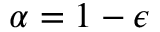
\alpha = 1 - \epsilon